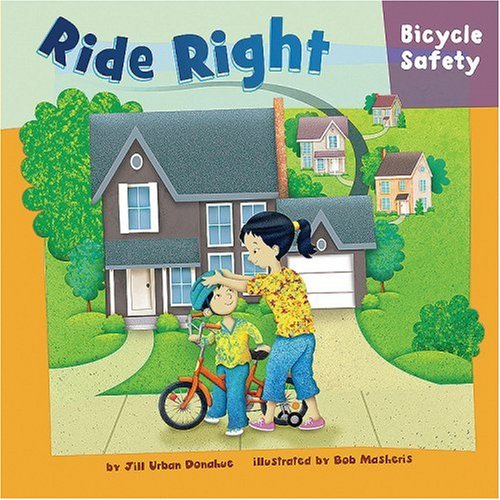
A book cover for Ride Right: Bicycle Safety (How to Be Safe!); Jill Urban Donahue; Children's Books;